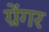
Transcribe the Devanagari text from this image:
ग्रेंगर